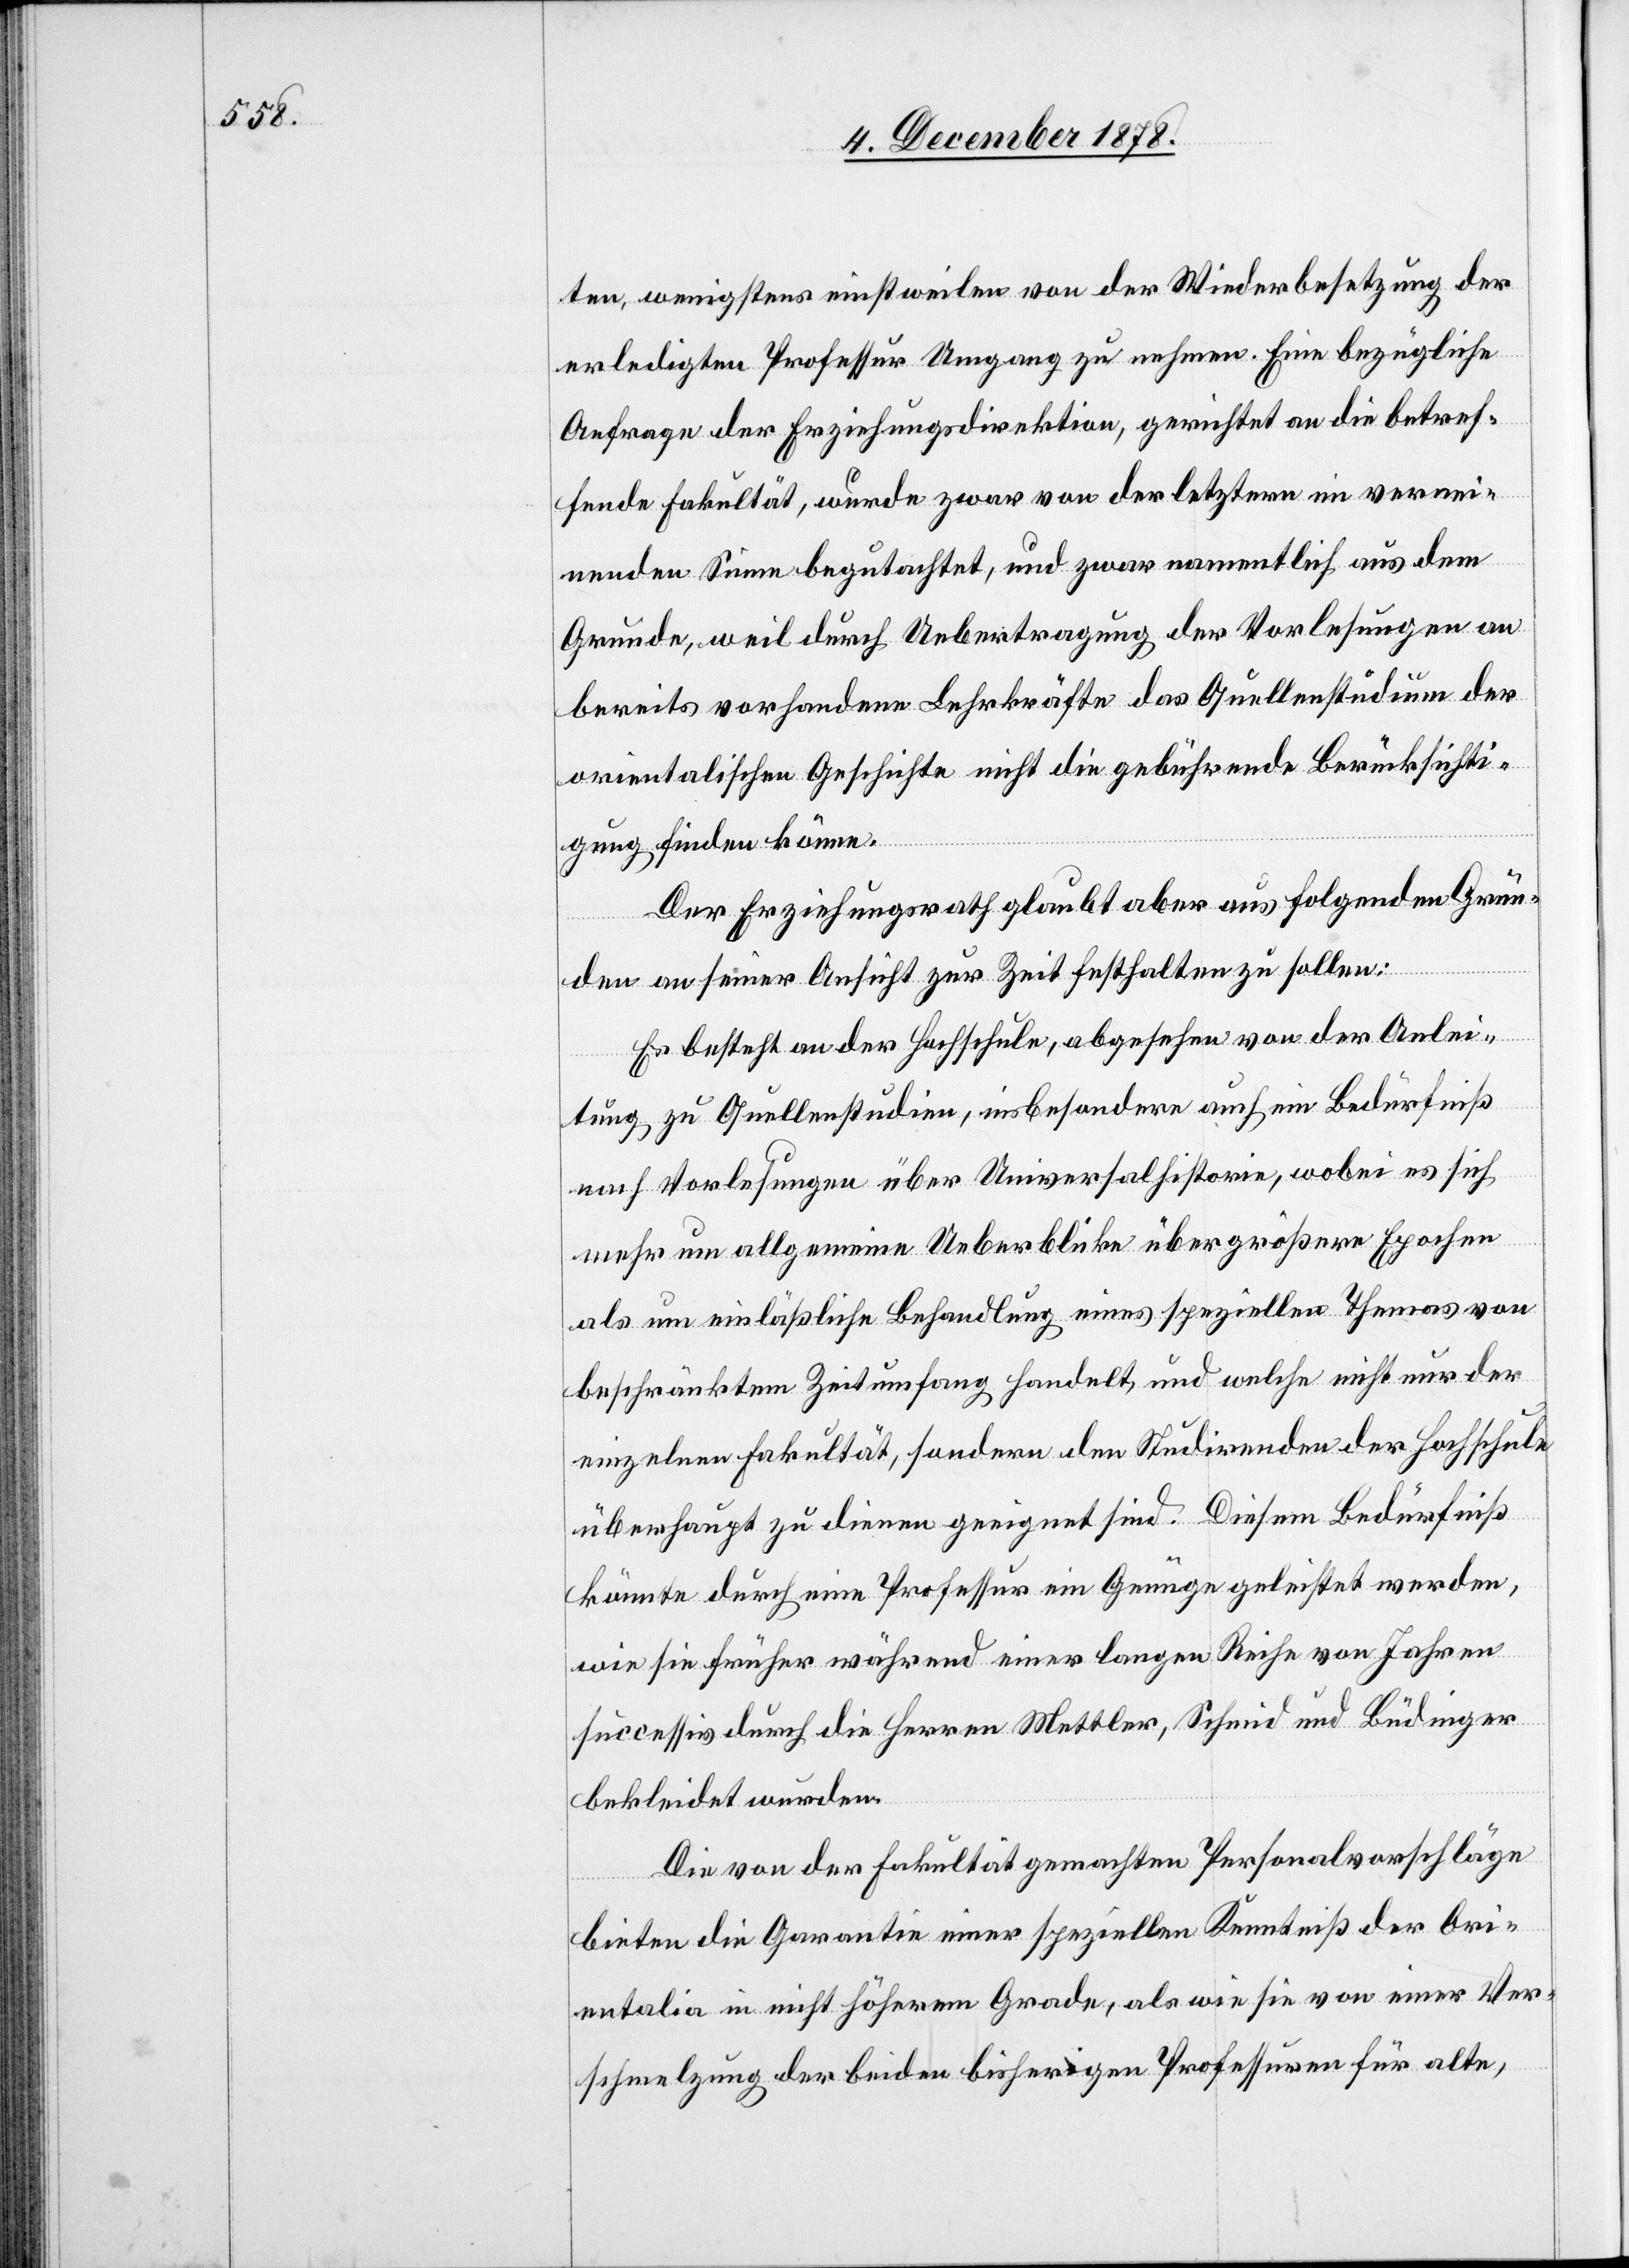
ten, wenigstens einstweilen von der Wiederbesetzung der
erledigten Professur Umgang zu nehmen. Eine bezügliche
Anfrage der Erziehungsdirektion, gerichtet an die betref¬
fende Fakultät, wurde zwar von der letztern im vernei¬
nenden Sinne begutachtet, und zwar namentlich aus dem
Grunde, weil durch Uebertragung der Vorlesungen an
bereits vorhandene Lehrkräfte das Quellenstudium der
orientalischen Geschichte nicht die gebührende Berücksichti¬
gung finden könne.
Der Erziehungsrath glaubt aber aus folgenden Grün¬
den an seiner Ansicht zur Zeit festhalten zu sollen:
Es besteht an der Hochschule, abgesehen von der Anlei¬
tung zu Quellenstudium, insbesondere auch ein Bedürfniß
nach Vorlesungen über Universalhistorie, wobei es sich
mehr um allgemeine Ueberblicke über größere Epochen
als um einläßliche Behandlung eines speziellen Themas von
beschränktem Zeitumfang handelt, und welche nicht nur der
einzelnen Fakultät, sondern den Studirenden der Hochschule
überhaupt zu dienen geneigt sind. Diesem Bedürfniß
könnte durch eine Professur ein Genüge geleistet werden,
wie sie früher während einer langen Reihe von Jahren
successiv durch die Herren Mettler, Schmid und Büdinger
bekleidet wurden.
Die von der Fakultät gemachten Personalvorschläge
bieten die Garantie einer speziellen Kenntniß der Ori¬
entalia in nicht höherem Grade, als wie sie von einer Ver¬
schmelzung der beiden bisherigen Professuren für alte,